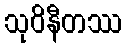
သုဝိနီတဿ